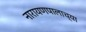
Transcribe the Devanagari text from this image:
नारायणपालाच्या